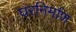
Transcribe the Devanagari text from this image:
घरनिर्माण